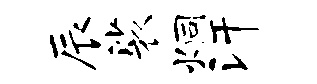
辰裟炯汗